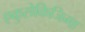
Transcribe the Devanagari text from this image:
एकुसेकिजिमा